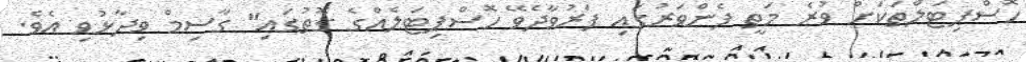
ހޮސްޕިޓަލްތަކަށް ވުރެ މަތީ ފެންވަރުގައި ފަރުވާދެވޭ ހޮސްޕިޓަލެއްގެ ގޮތުގައި" ގާސިމް ވިދާޅުވި އެވެ.